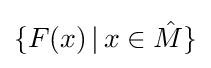
\{F(x)\,|\,x\in {\hat {M}}\}